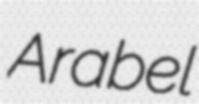
Arabel